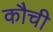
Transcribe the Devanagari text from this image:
कौची